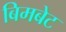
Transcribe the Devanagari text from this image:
बिमबेट